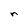
Character: n